Civil Veterinary Department. Central Provinces & Berar 1925-31 - 1925-1931
Year: 1925
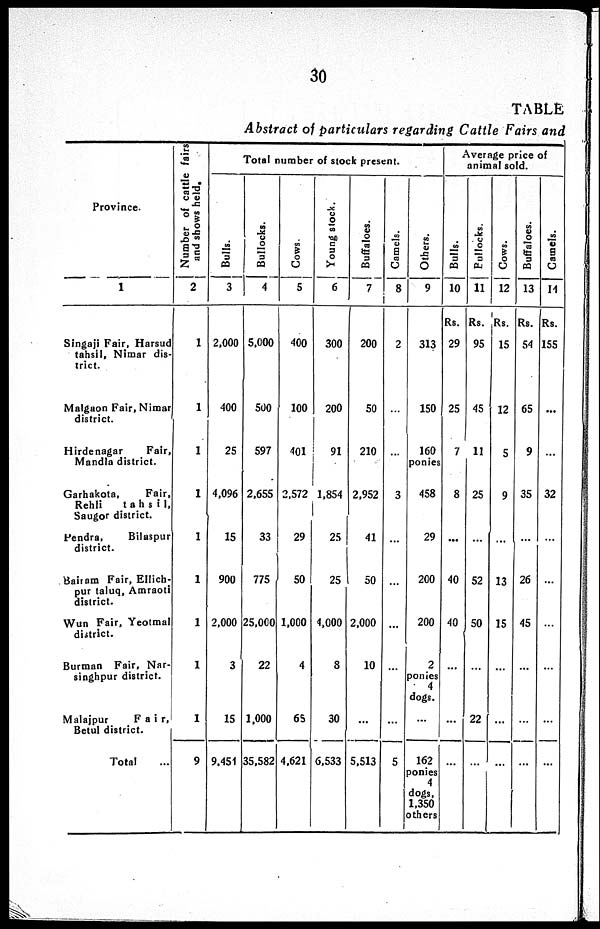
30
TABLE
Abstract of particulars regarding Cattle Fairs and
Province.
1
Singaji Fair, Harsud
tahsil, Nimar dis-
trict.
Malgaon Fair, Nimar
district.
Hirdenagar
Fair,
Mandla district.
Garhakota.
Fair,
Rehli
tahsil,
Saugor district.
Pendra,
Bilaspur
district.
Bairam Fair, Ellich-
pur taluq, Amraoti
district.
Wun Fair, Yeotmal
district.
Burman Fair, Nar-
singhpur district.
Malajpur
Fair,
Betul district.
Total
Number of cattle fairs
and shows held.
2
1
1
1
1
1
1
1
1
1
9
Total number of stock present.
Bulls.
3
2.000
400
25
4,096
15
900
2,000
3
15
9.451
Bullocks.
4
5.000
500
597
2.655
33
775
25,000
22
1.000
35.582
Cows.
5
400
100
401
2.572
29
50
1,000
4
65
4,621
Young stock.
6
300
200
91
1.854
25
25
4.000
8
30
6.533
Buffaloes.
7
200
50
210
2.952
41
50
2.000
10
...
5.513
Camels.
8
2
3
...
...
...
...
. ..
5
Average price of
animal sold.
Others.
9
313
150
160
ponies
458
29
200
200
2
ponies
4
dogs.
...
162
ponies
dogs.
1,350
others
Bulls.
10
Rs.
29
25
7
8
...
40
40
...
...
...
Bullocks.
11
Rs.
95
45
11
25
...
52
50
...
22
...
| Cows.
12
Rs.
15
12
5
9
...
13
15
...
...
...
Buffaloes.
13
Rs.
54
65
9
35
...
26
45
...
...
...
Camels.
14
Rs.
155
32
...
...
...
...
...
...